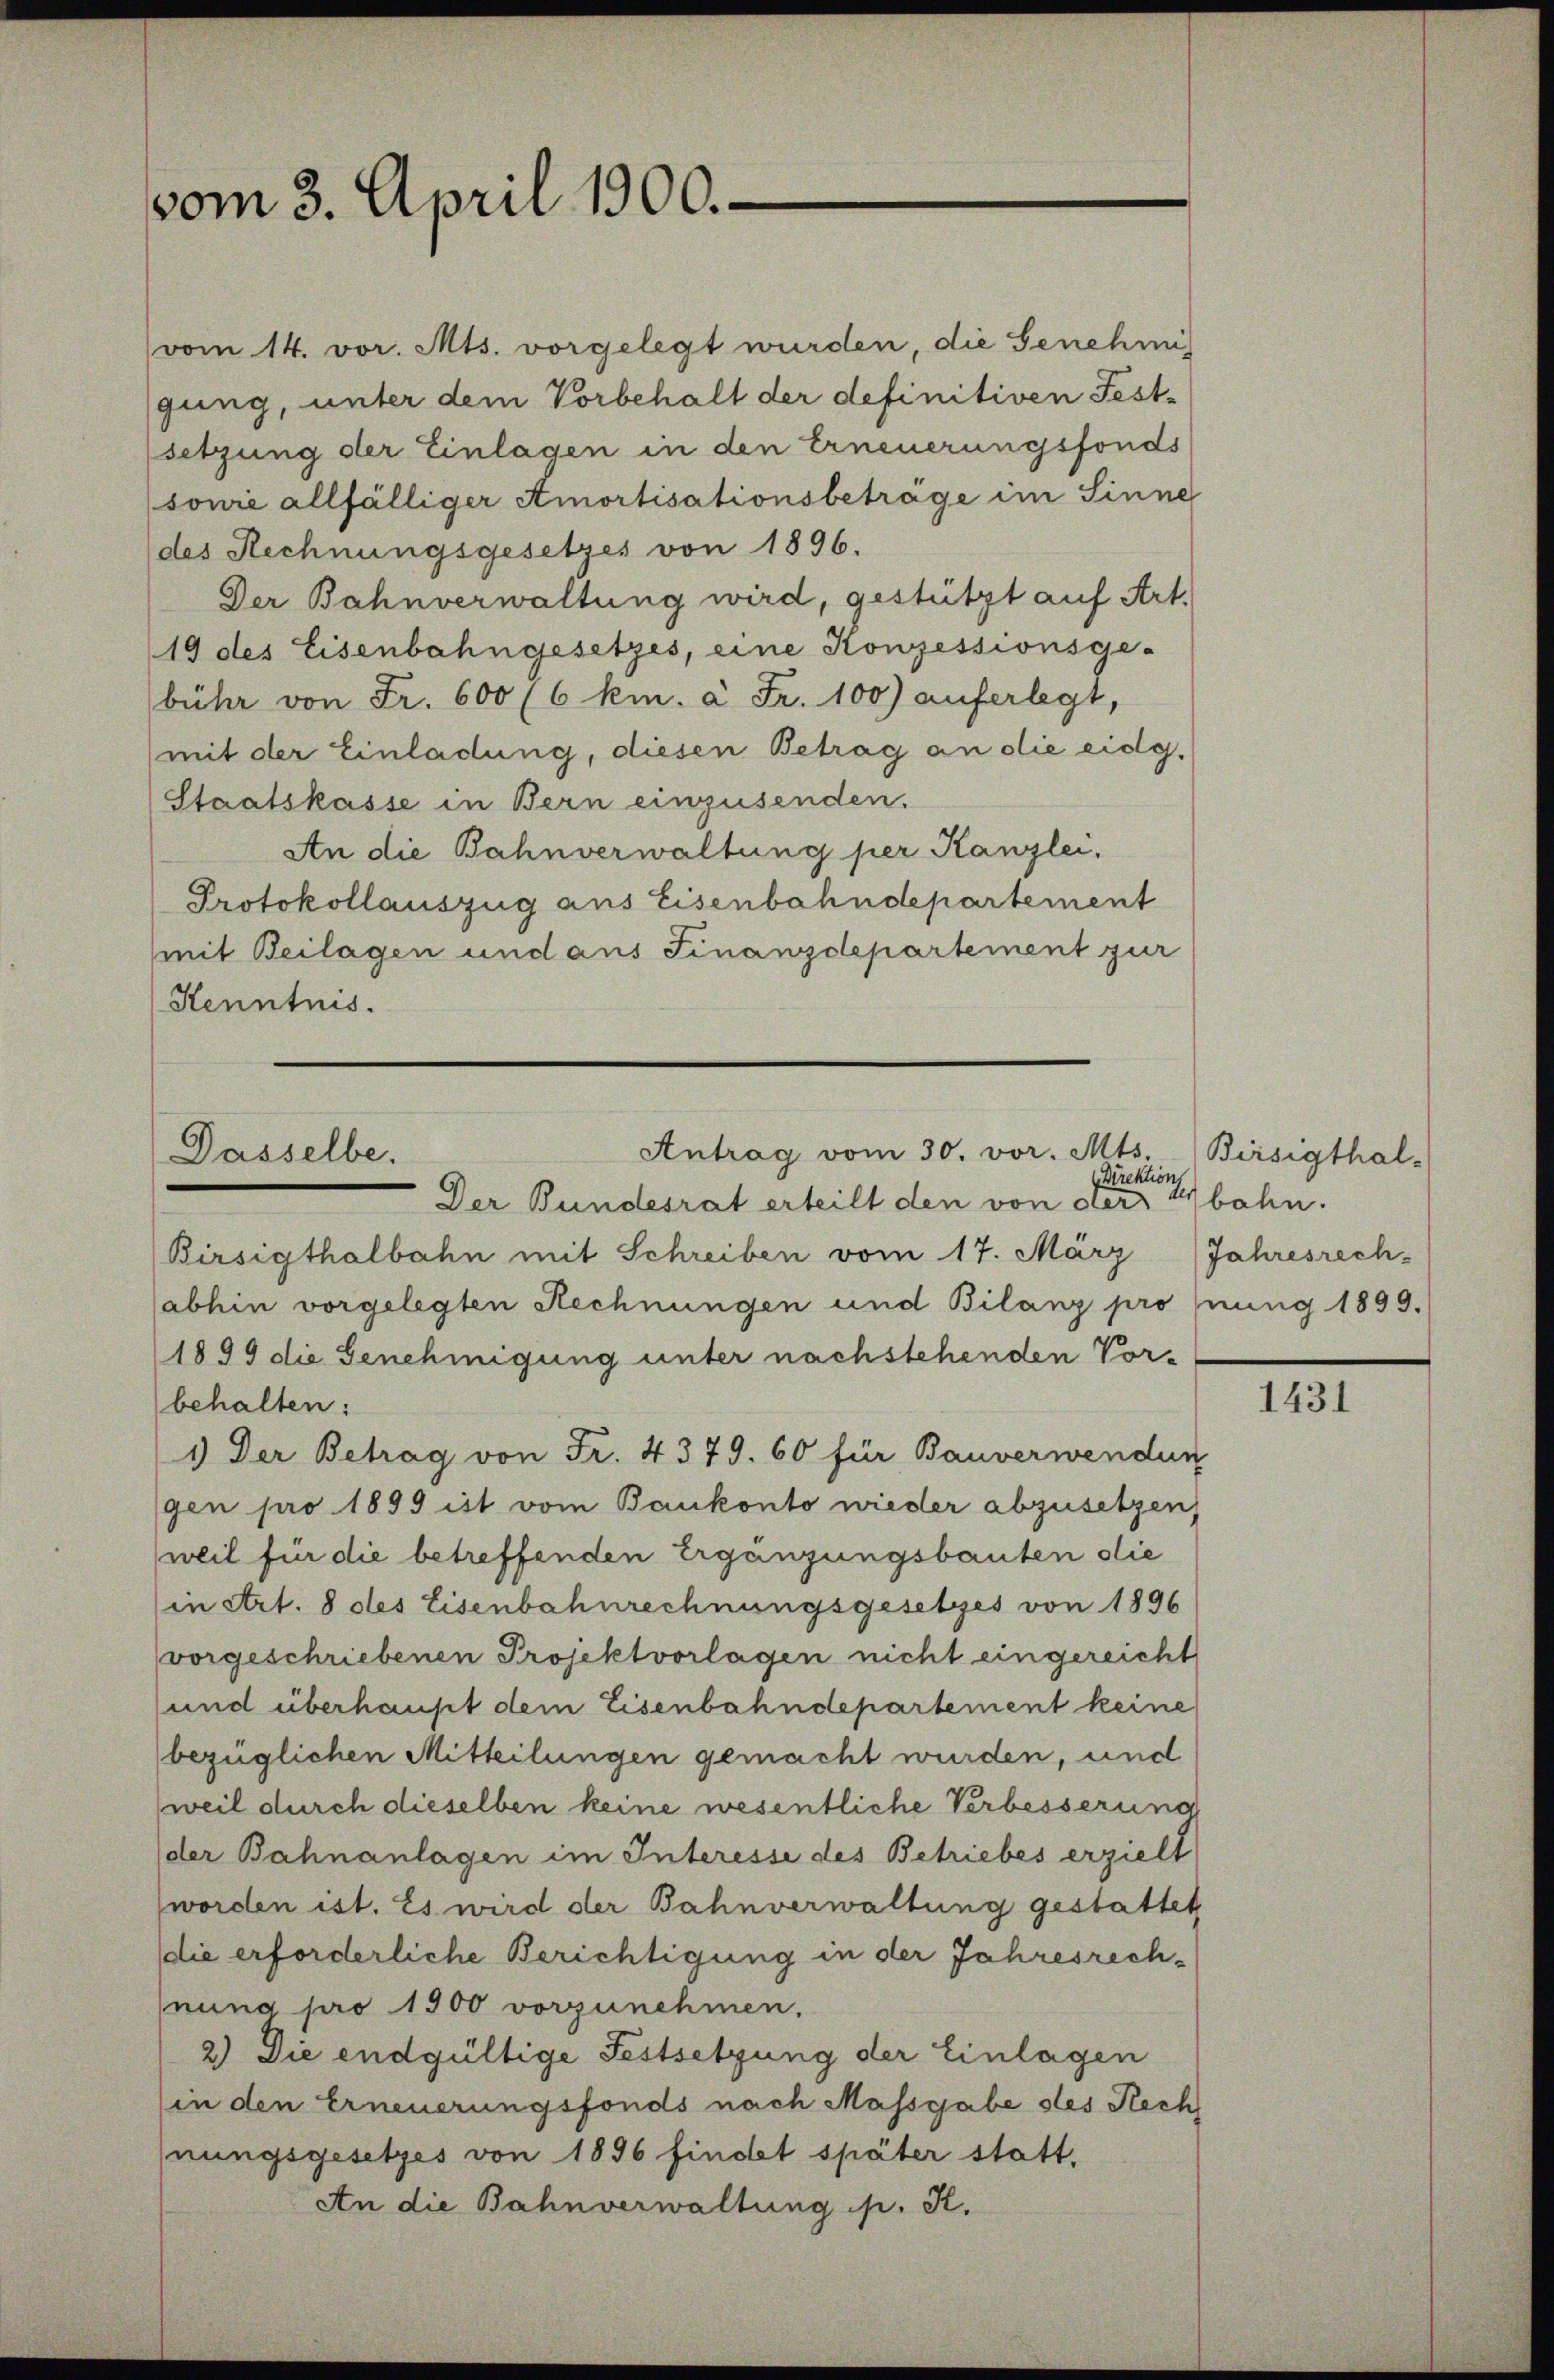
vom 3. April 1900.

vom 14. vor. Mts. vorgelegt wurden, die Genehmi
gung, unter dem Vorbehalt der definitiven Festsetzung der Einlagen in den Erneuerungsfonds
(sowie allfälliger Amortisationsbeträge im Sinne
des Rechnungsgesetzes von 1896.
Der Bahnverwaltung wird, gestützt auf Art.
19 des Eisenbahngesetzes, eine Konzessionsge-
bühr von Fr. 600 (6 km. à Fr. 100) auferlegt,
(mit der Einladung, diesen Betrag an die eidg.
Staatskasse in Bern einzusenden.
An die Bahnverwaltung per Kanzlei.
Protokollauszug aus Eisenbahndepartement
mit Beilagen und aus Finanzdepartement zur
Kenntnis.

Dasselbe.

Direktions
Der Bundesrat erteilt den von der
Birsigthalbahn mit Schreiben vom 17. März (Jahresrech-
abhin vorgelegten Rechnungen und Bilanz pro (nung 1899.
1899 die Genehmigung unter nachstehenden Vor-
behalten:
1) Der Betrag von Fr. 4379. 60 für Bauverwendun
gen pro 1899 ist vom Bankonto wieder abzusetzen,
weil für die betreffenden Ergänzungsbauten die
in Art. 8 des Eisenbahnrechnungsgesetzes von 1896
vorgeschriebenen Projektvorlagen nicht eingereicht
und überhaupt dem Eisenbahndepartement keine
bezüglichen Mitteilungen gemacht wurden, und
weil durch dieselben keine wesentliche Verbesserung
der Bahnanlagen im Interesse des Betriebes erzielt
worden ist. Es wird der Bahnverwaltung gestattet
die erforderliche Berichtigung in der Jahresrechhnung pro 1900 vorzunehmen.
2) Die endgültige Festsetzung der Einlagen
(in den Erneuerungsfonds nach Massgabe des Rech
nungsgesetzes von 1896 finot später statt,
An die Bahnverwaltung p. K.

Antrag vom 30. vor. Mts. Birsigthal-

bahn.

1431